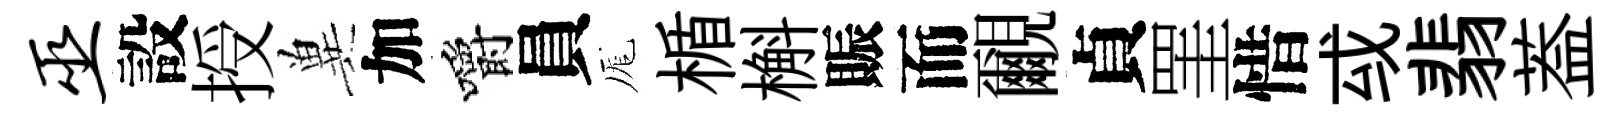
巫設授兾加嚼員厖楯槲賑而覼貞罣惜㦯翡葢